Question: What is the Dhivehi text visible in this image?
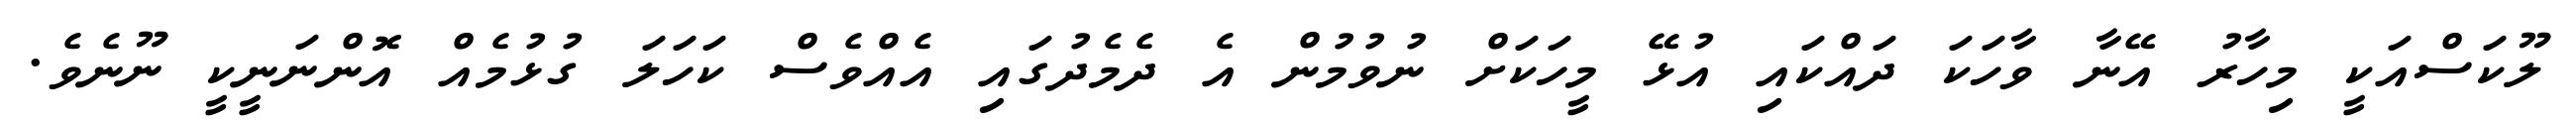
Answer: ލޫކަސްއަކީ މިހާރު އޭނާ ވާހަކަ ދައްކައި އުޅޭ މީހަކަށް ނުވުމުން އެ ދެމެދުގައި އެއްވެސް ކަހަލަ ގުޅުމެއް އޮންނަނީކީ ނޫނެވެ.